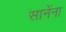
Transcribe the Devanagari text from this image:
सानेंना